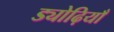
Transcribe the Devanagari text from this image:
ड्योढ़ियाँ